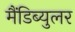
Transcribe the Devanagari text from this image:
मैंडिब्युलर